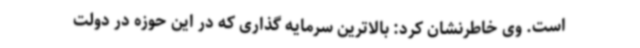
است. وی خاطرنشان کرد: بالاترین سرمایه گذاری که در این حوزه در دولت